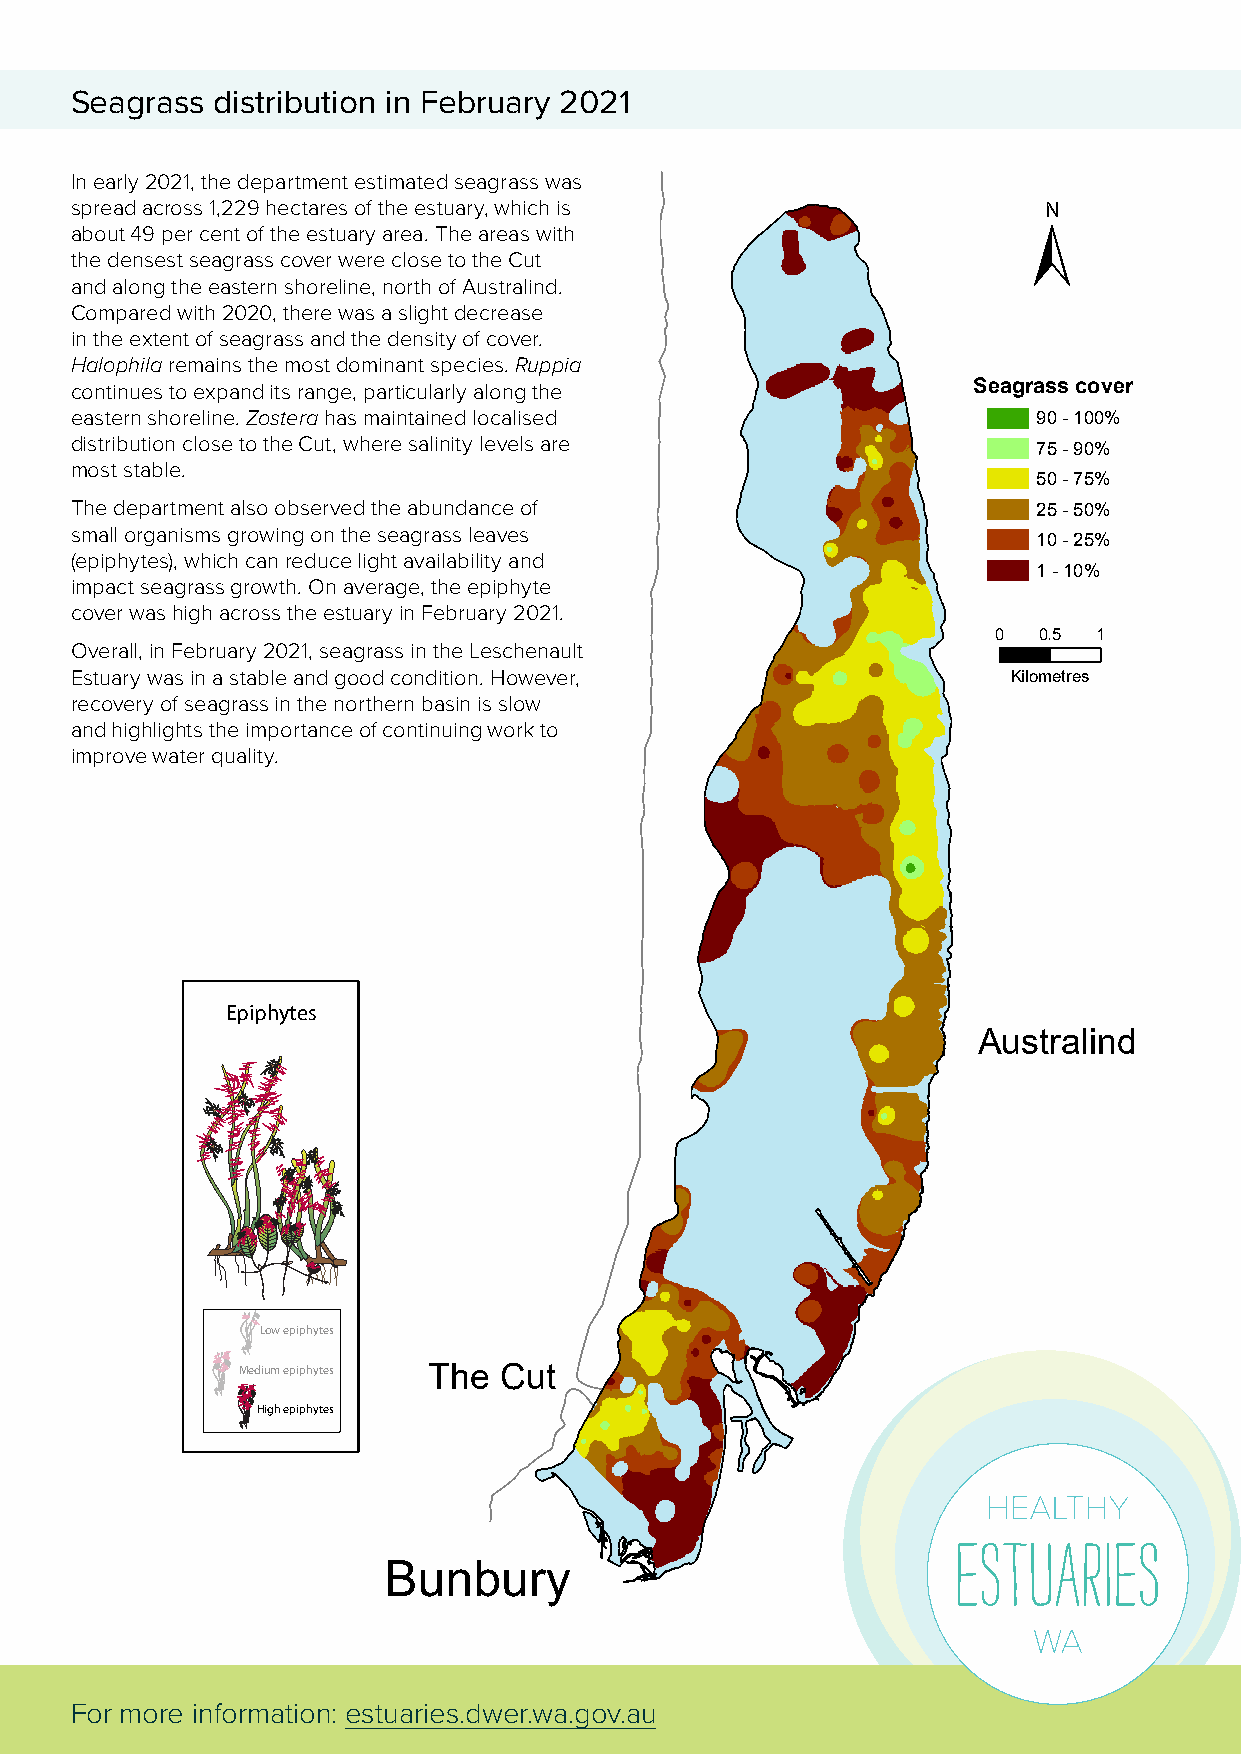
Seagrass distribution in February 2021
 In early 2021, the department estimated seagrass was
 spread across 1,229 hectares of the estuary, which is           N
 about 49 per cent of the estuary area. The areas with
 the densest seagrass cover were close to the Cut
 and along the eastern shoreline, north of Australind.
 Compared with 2020, there was a slight decrease
 in the extent of seagrass and the density of cover.
 Halophila remains the most dominant species. Ruppia
 continues to expand its range, particularly along the      Seagrass cover
 eastern shoreline. Zostera has maintained localised             90 - 100%
 distribution close to the Cut, where salinity levels are
 75 - 90%
 most stable.
 50 - 75%
 The department also observed the abundance of                   25 - 50%
 small organisms growing on the seagrass leaves
 10 - 25%
 (epiphytes), which can reduce light availability and
 1 - 10%
 impact seagrass growth. On average, the epiphyte
 cover was high across the estuary in February 2021.
 0  0.5 1
 Overall, in February 2021, seagrass in the Leschenault
 Estuary was in a stable and good condition. However,          Kilometres
 recovery of seagrass in the northern basin is slow
 and highlights the importance of continuing work to
 improve water quality.
 Epiphytes
 Australind
 Low epiphytes
 Medium epiphytes The Cut
 High epiphytes
 Bunbury
 For more information: estuaries.dwer.wa.gov.au